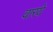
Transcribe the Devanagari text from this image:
वारये